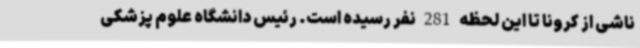
ناشی از کرونا تا این لحظه 281 نفر رسیده است. رئیس دانشگاه علوم پزشکی